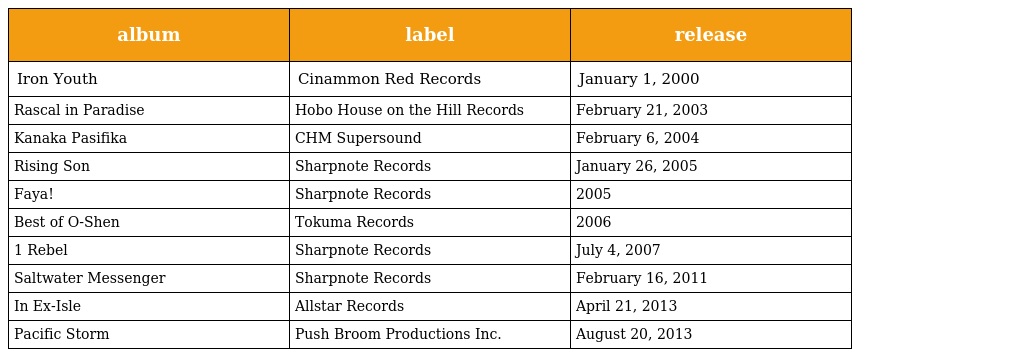
| album | label | release |
 | --- | --- | --- |
 | Iron Youth | Cinammon Red Records | January 1, 2000 |
 | Rascal in Paradise | Hobo House on the Hill Records | February 21, 2003 |
 | Kanaka Pasifika | CHM Supersound | February 6, 2004 |
 | Rising Son | Sharpnote Records | January 26, 2005 |
 | Faya! | Sharpnote Records | 2005 |
 | Best of O-Shen | Tokuma Records | 2006 |
 | 1 Rebel | Sharpnote Records | July 4, 2007 |
 | Saltwater Messenger | Sharpnote Records | February 16, 2011 |
 | In Ex-Isle | Allstar Records | April 21, 2013 |
 | Pacific Storm | Push Broom Productions Inc. | August 20, 2013 |